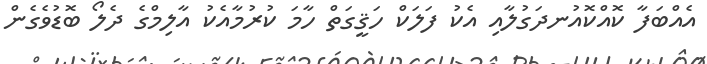
އެއްބަފާ ކޮއްކޮއުނދަގުލާއި އެކު ފަލަކް ހަޤީގަތް ހާމަ ކުރުމާއެކު އާލިމްގެ ދެލޯ ބޮޑުވެގެން